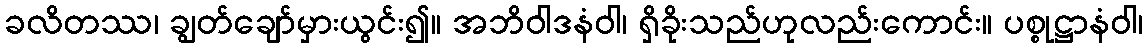
ခလိတဿ၊ ချွတ်ချော်မှားယွင်း၍။ အဘိဝါဒနံဝါ၊ ရှိခိုးသည်ဟုလည်းကောင်း။ ပစ္စုဋ္ဌာနံဝါ၊